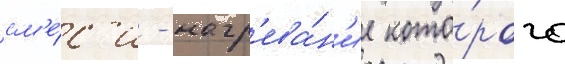
см'е́с'и - нагр'ева́н'ие кото́рого